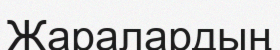
Жаралардың